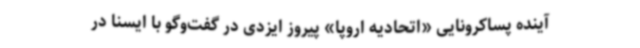
آینده پساکرونایی «اتحادیه اروپا» پیروز ایزدی در گفت‌وگو با ایسنا در